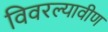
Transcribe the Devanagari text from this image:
विवरल्यावीण